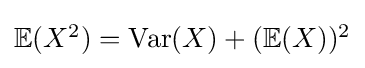
{\textstyle \mathbb {E} (X^{2})=\operatorname {Var} (X)+(\mathbb {E} (X))^{2}}